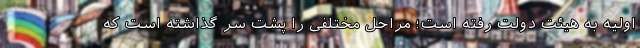
اولیه به هیئت دولت رفته است؛ مراحل مختلفی را پشت سر گذاشته است که